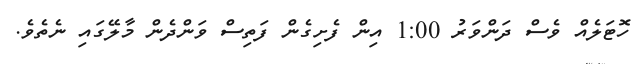
ހޮޓަލެއް ވެސް ދަންވަރު 1:00 އިން ފެށިގެން ފަތިސް ވަންދެން މާލޭގައި ނެތެވެ.